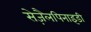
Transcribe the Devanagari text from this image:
सेज़ैलपिनाइडी